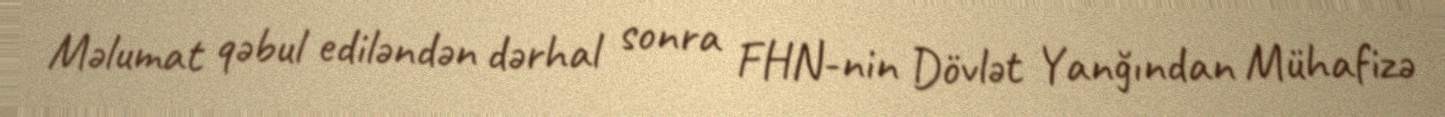
Məlumat qəbul ediləndən dərhal sonra FHN-nin Dövlət Yanğından Mühafizə